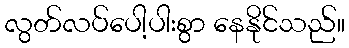
လွတ်လပ်ပေါ့ပါးစွာ နေနိုင်သည်။